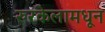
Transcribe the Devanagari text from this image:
रुरकेलामधून